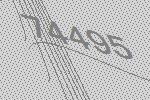
74495